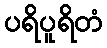
ပရိပူရိတံ